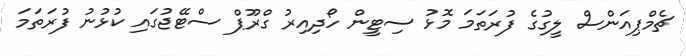
ޗެމްޕިއަންސް ލީގުގެ ފުރަތަމަ މޮޅު ސިޓީން ހޯދިއިރު ގްރޫޕް ސްޓޭޖުގައި ކުޅުނު ފުރަތަމަ